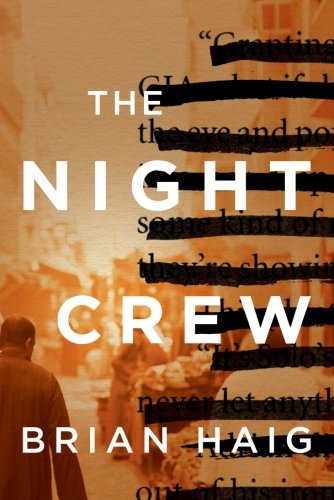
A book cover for The Night Crew; Brian Haig; Mystery, Thriller & Suspense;